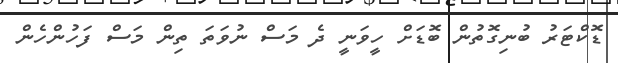
ޑޮކްޓަރު ބުނިގޮތުން ބޮޑަށް ހީވަނީ ދެ މަސް ނުވަތަ ތިން މަސް ފަހުންހެން